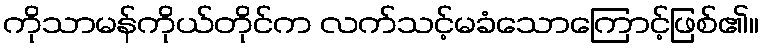
ကိုသာမန်ကိုယ်တိုင်က လက်သင့်မခံသောကြောင့်ဖြစ်၏။